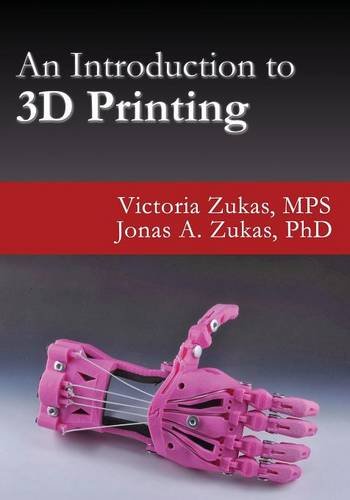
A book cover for An Introduction to 3D Printing; Victoria Zukas; Computers & Technology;